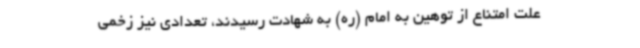
علت امتناع از توهین به امام (ره) به شهادت رسیدند، تعدادی نیز زخمی